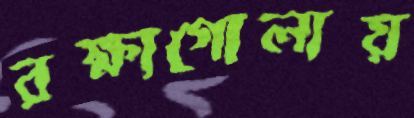
রক্ষাগোলায়